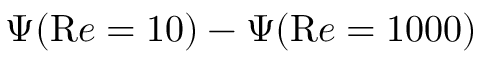
\Psi ( { \mathrm R e } = 1 0 ) - \Psi ( { \mathrm R e } = 1 0 0 0 )